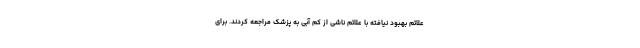
علائم بهبود نیافته با علائم ناشی از کم آبی به پزشک مراجعه کردند. برای